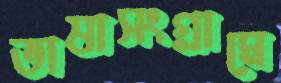
ভাষাসংগ্রামে